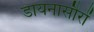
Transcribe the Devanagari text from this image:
डायनासौरों